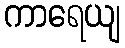
ကာရေယျ